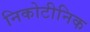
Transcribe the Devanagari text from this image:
निकोटीनिक